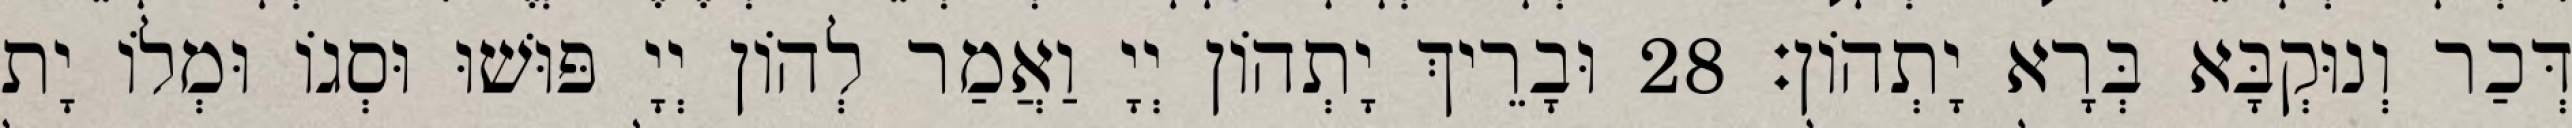
דְּכַר וְנוּקְבָּא בְּרָא יָתְהוֹן׃ 28 וּבָרֵיךְ יָתְהוֹן יְיָ וַאֲמַר לְהוֹן יְיָ פּוּשׁוּ וּסְגוֹ וּמְלוֹ יָת